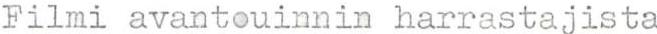
Filmi avantouinnin harrastajista